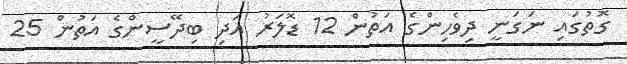
ގޮތުގައި ނަގަނީ ދިވެހިންގެ އަތުން 12 ޑޮލަރު އަދި ބިދޭސީންގެ އަތުން 25